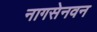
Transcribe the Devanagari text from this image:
नागसेनवन